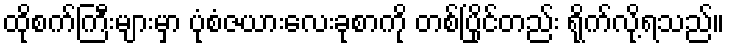
ထိုစက်ကြီးများမှာ ပုံစံဇယားလေးခုစာကို တစ်ပြိုင်တည်း ရိုက်လို့ရသည်။